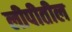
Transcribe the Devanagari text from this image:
लीपीतील